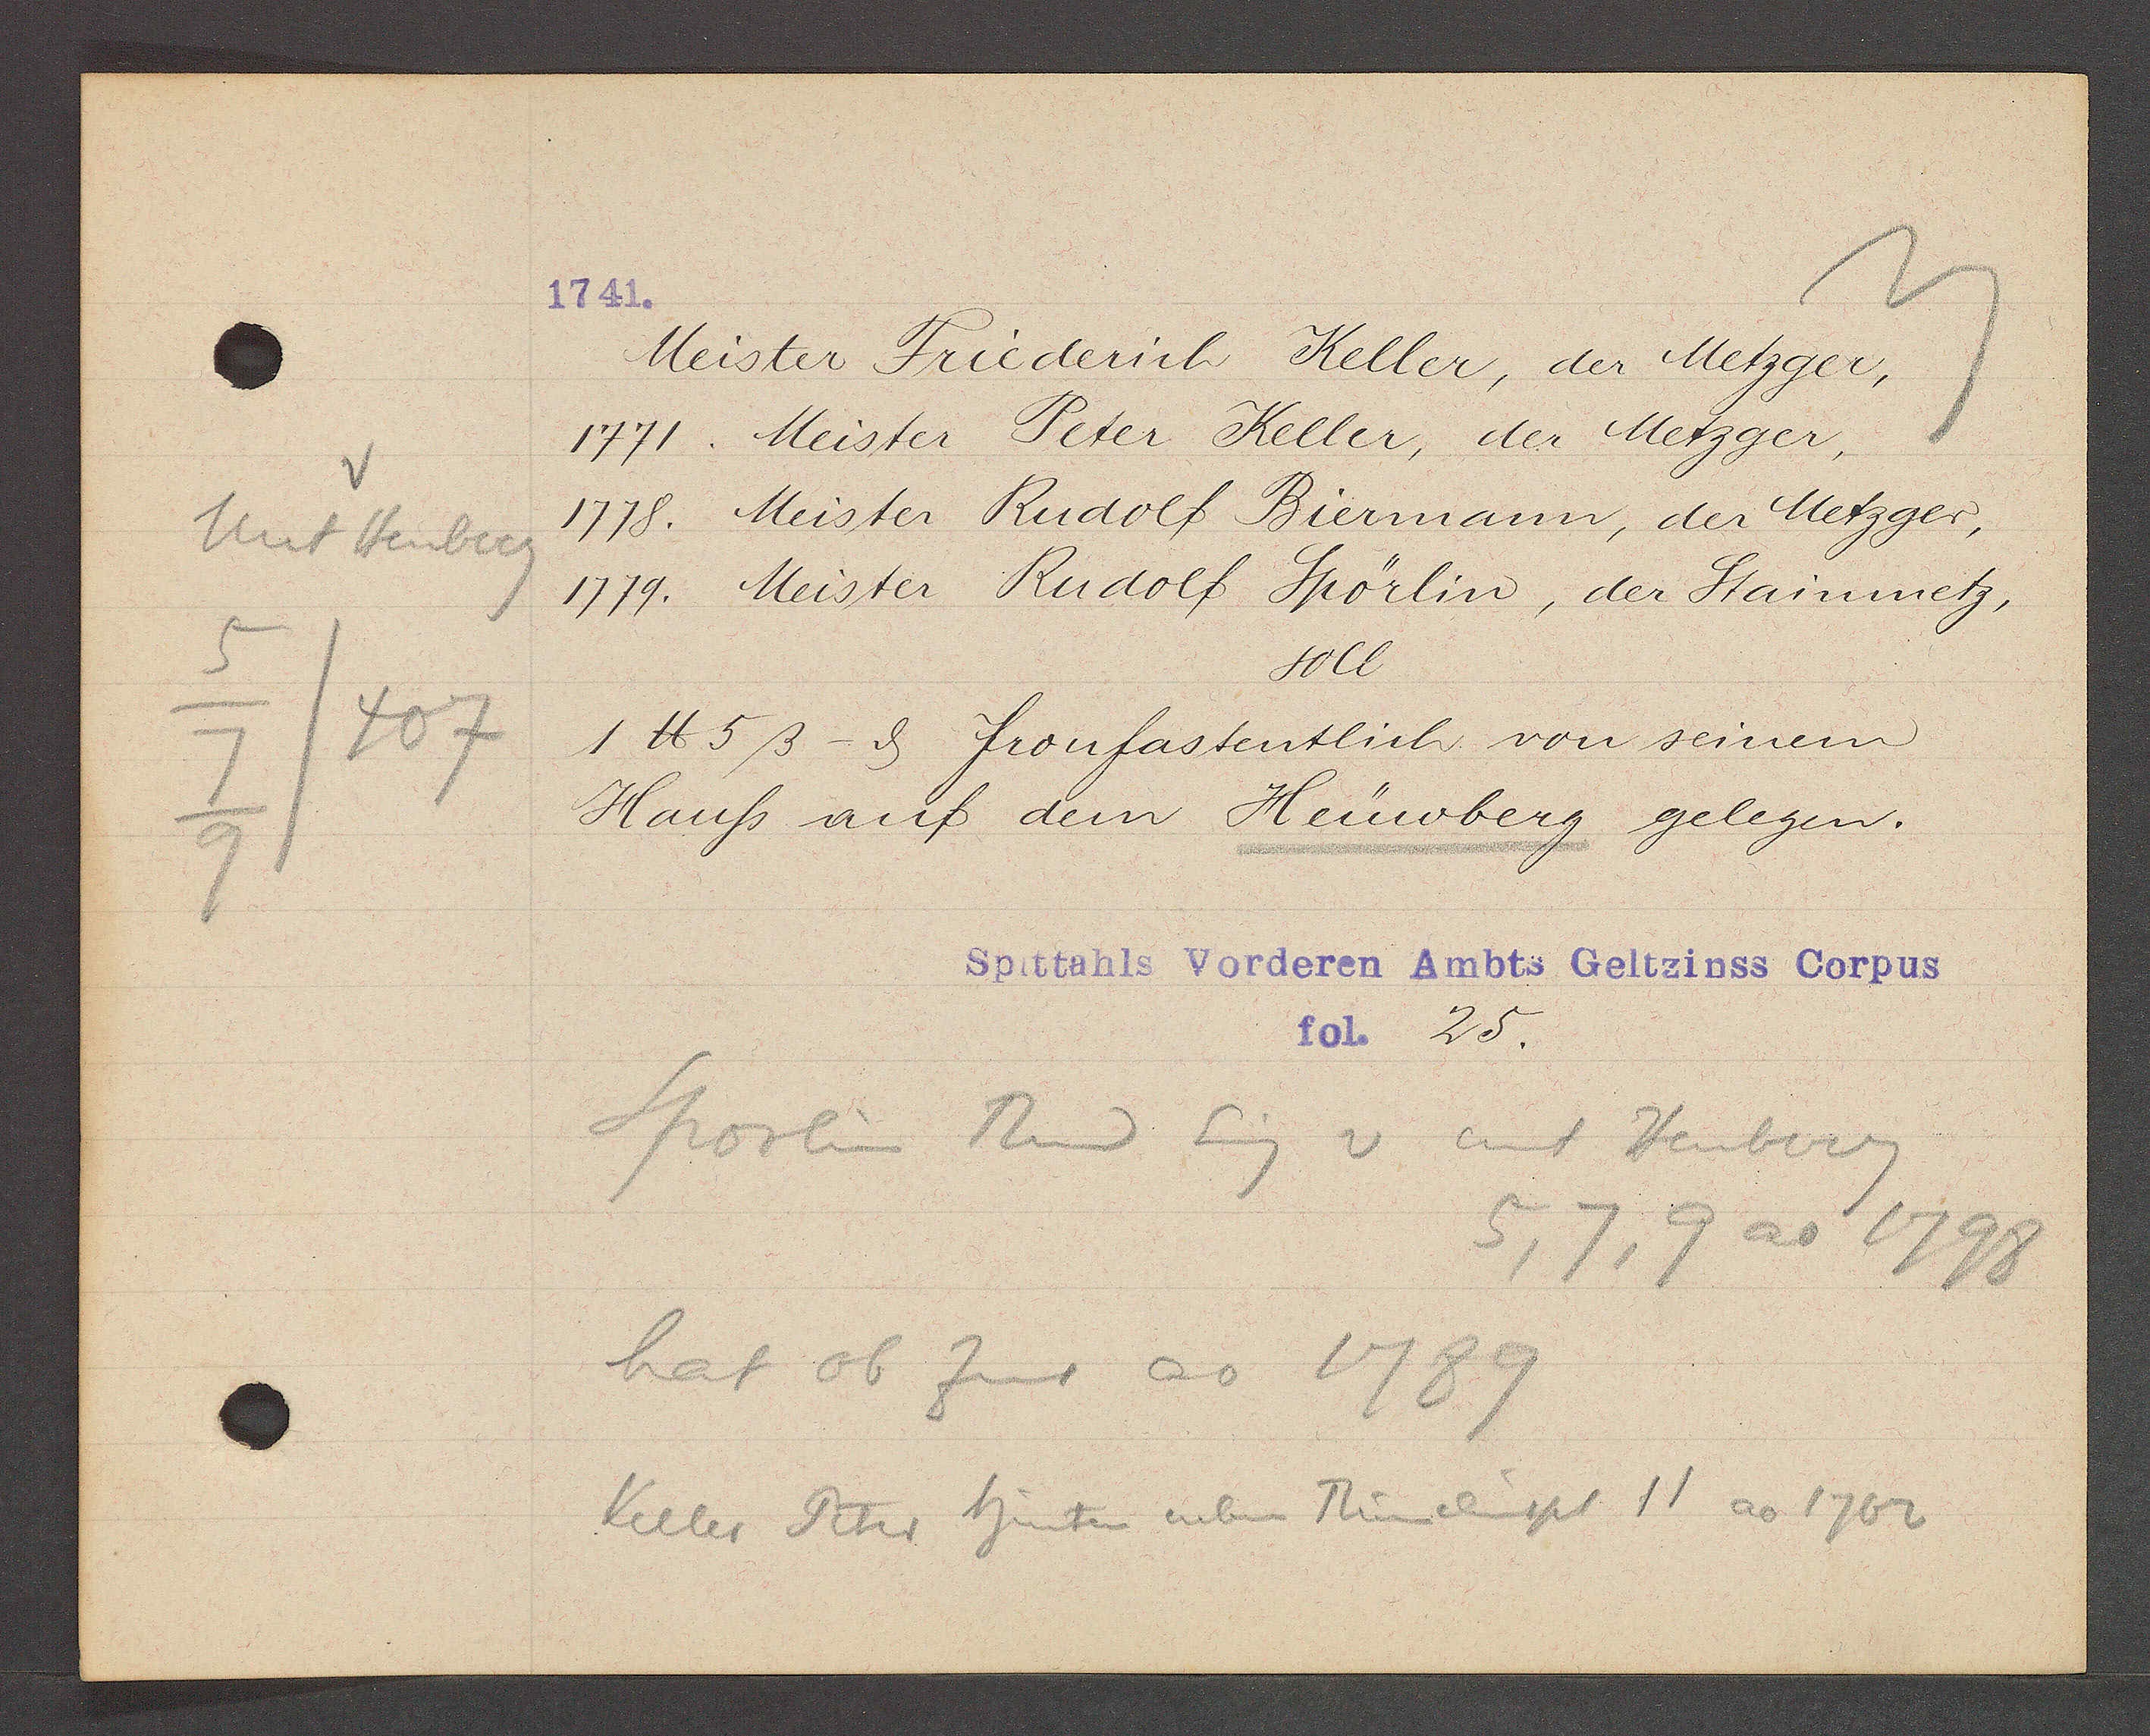
Transcript:
Unt Heuberg
5
407
7
9

1741.

Meister Friederich Keller, der Metzger,
1771. Meister Peter Keller, der Metzger,
1778. Meister Rudolf Biermann, der Metzger,
1779. Meister Rudolf Spörlin, der Stainmetz,
soIl
1 ℔ 5ß - ȡ fronfastentlich von seinem
Hauss auf dem Heüwberg gelegen.

Spittahls Vorderen Ambts Geltzinss Corpus
fol. 25.

Sporlin Rud Eig v unt Heuberg
5, 6, 9 ao 1798
hat ob Zins ao 1789
Keller Peter hinten neben Rümelinspl 11 ao 1762